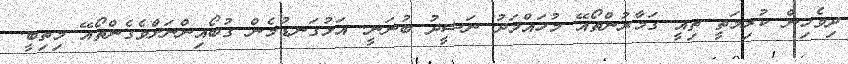
ދިވެހިން ކުރިމަތީ ތިއީ ގަމާރުންތޯއޭ މުހައްމަދު ނަޝީދު ބުނަނީ. އަޅުގަނޑުމެން ގުބޯއިންނަށްވެގެންތޯއޭ މިތިބީ.